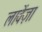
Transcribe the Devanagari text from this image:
लावेंज़ा